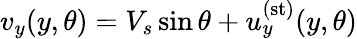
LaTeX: {v}_{y}(y,\theta)=V_{s}\sin\theta+{u}_{y}^{(\mathrm{st})}(y,\theta)